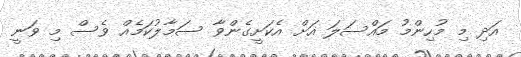
އަދި މި މުހިންމު މައްސަލަ އަށް އެކަށީގެންވާ ސަމާލުކަމެއް ވެސް މި ވަނީ